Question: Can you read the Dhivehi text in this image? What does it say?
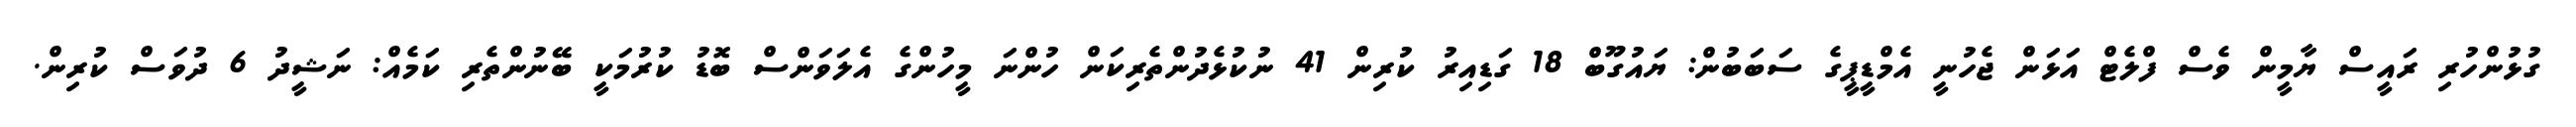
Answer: ގުޅުންހުރި ރައީސް ޔާމީން ވެސް ފްލެޓް އަޅަން ޖެހުނީ އެމްޑީޕީގެ ސަބަބުން: ޔައުގޫބް 18 ގަޑިއިރު ކުރިން 41 ނުކުޅެދުންތެރިކަން ހުންނަ މީހުންގެ އެލަވަންސް ބޮޑު ކުރުމަކީ ބޭނުންތެރި ކަމެއް: ނަޝީދު 6 ދުވަސް ކުރިން.